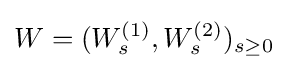
W=(W_{s}^{(1)},W_{s}^{(2)})_{s\geq 0}